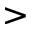
>